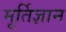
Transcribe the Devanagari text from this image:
मूर्तिज्ञान